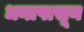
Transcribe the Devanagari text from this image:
धनापासून